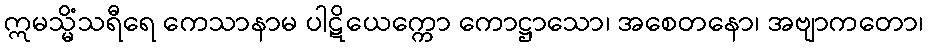
ဣမသ္မိံသရီရေ ကေသာနာမ ပါဋိယေက္ကော ကောဋ္ဌာသော၊ အစေတနော၊ အဗျာကတော၊